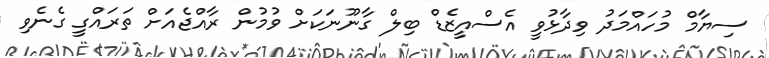
ސިޔާމް މުހައްމަދު ވިދާޅުވީ އެސްއީޒެޑް ބިލް ގާނޫނަކަށް ވުމުން ރާއްޖެއަށް ތަރައްގީ ގެނެވި